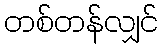
တစ်တန်လျှင်